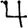
Digit: 4